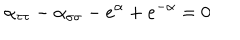
LaTeX: \alpha _ { \tau \tau } - \alpha _ { \sigma \sigma } - e ^ { \alpha } + e ^ { - \alpha } = 0